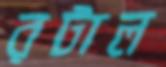
রটাল